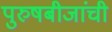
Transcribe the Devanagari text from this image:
पुरुषबीजांची